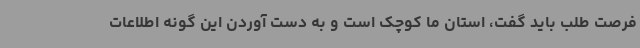
فرصت طلب باید گفت، استان ما کوچک است و به دست آوردن این گونه اطلاعات